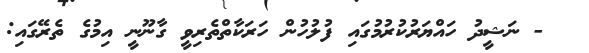
- ނަޝީދު ހައްޔަރުކުރުމުގައި ފުލުހުން ހަރަކާތްތެރިވީ ގާނޫނީ އިމުގެ ތެރޭގައި: